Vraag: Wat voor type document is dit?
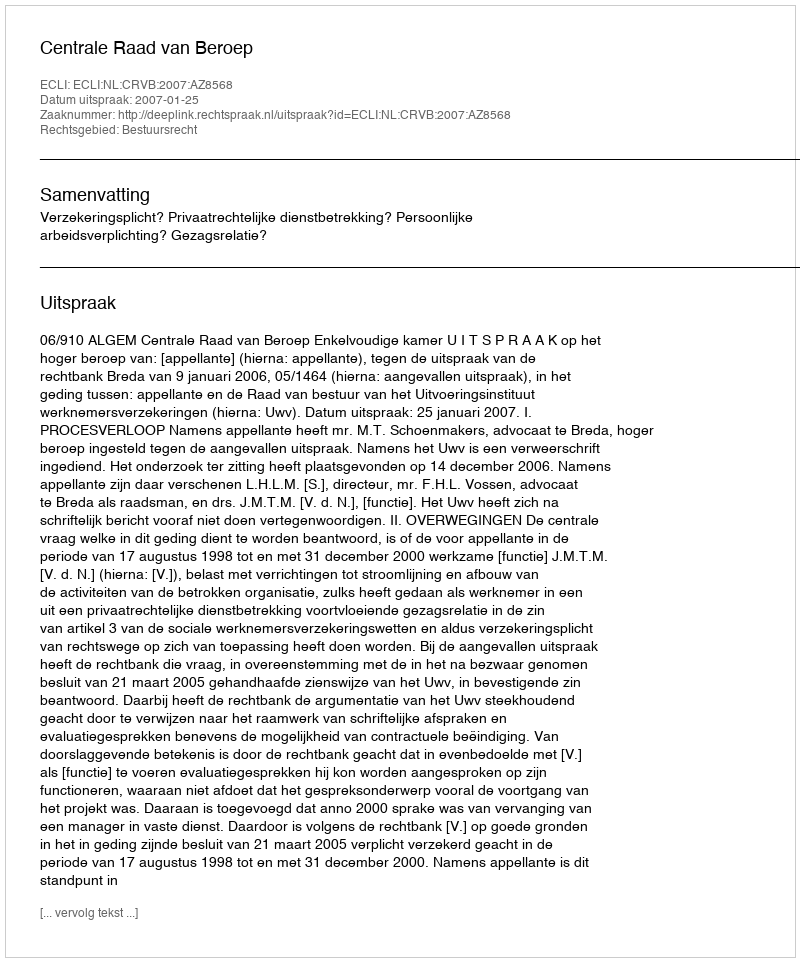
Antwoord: Uitspraak